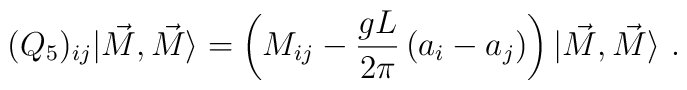
(Q_{5})_{ij}|\vec{M},\vec{M} \rangle= \left(  M_{ij}- \frac{gL}{2\pi} \left(a_{i}-a_{j}\right)\right)|\vec{M},\vec{M} \rangle \ .